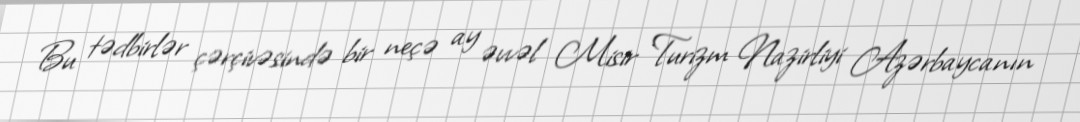
Bu tədbirlər çərçivəsində bir neçə ay əvvəl Misir Turizm Nazirliyi Azərbaycanın